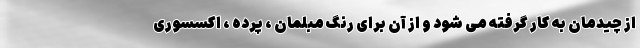
از چیدمان به کار گرفته می شود و از آن برای رنگ مبلمان ، پرده ، اکسسوری